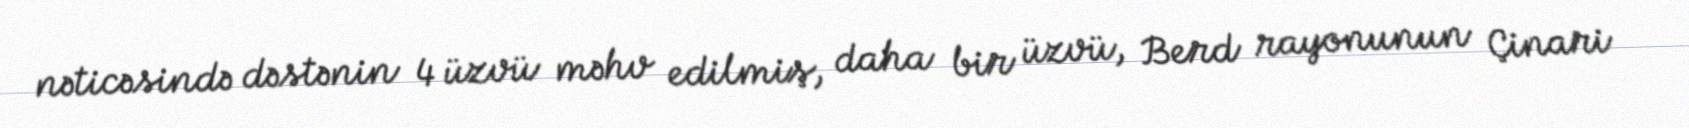
nəticəsində dəstənin 4 üzvü məhv edilmiş, daha bir üzvü, Berd rayonunun Çinari